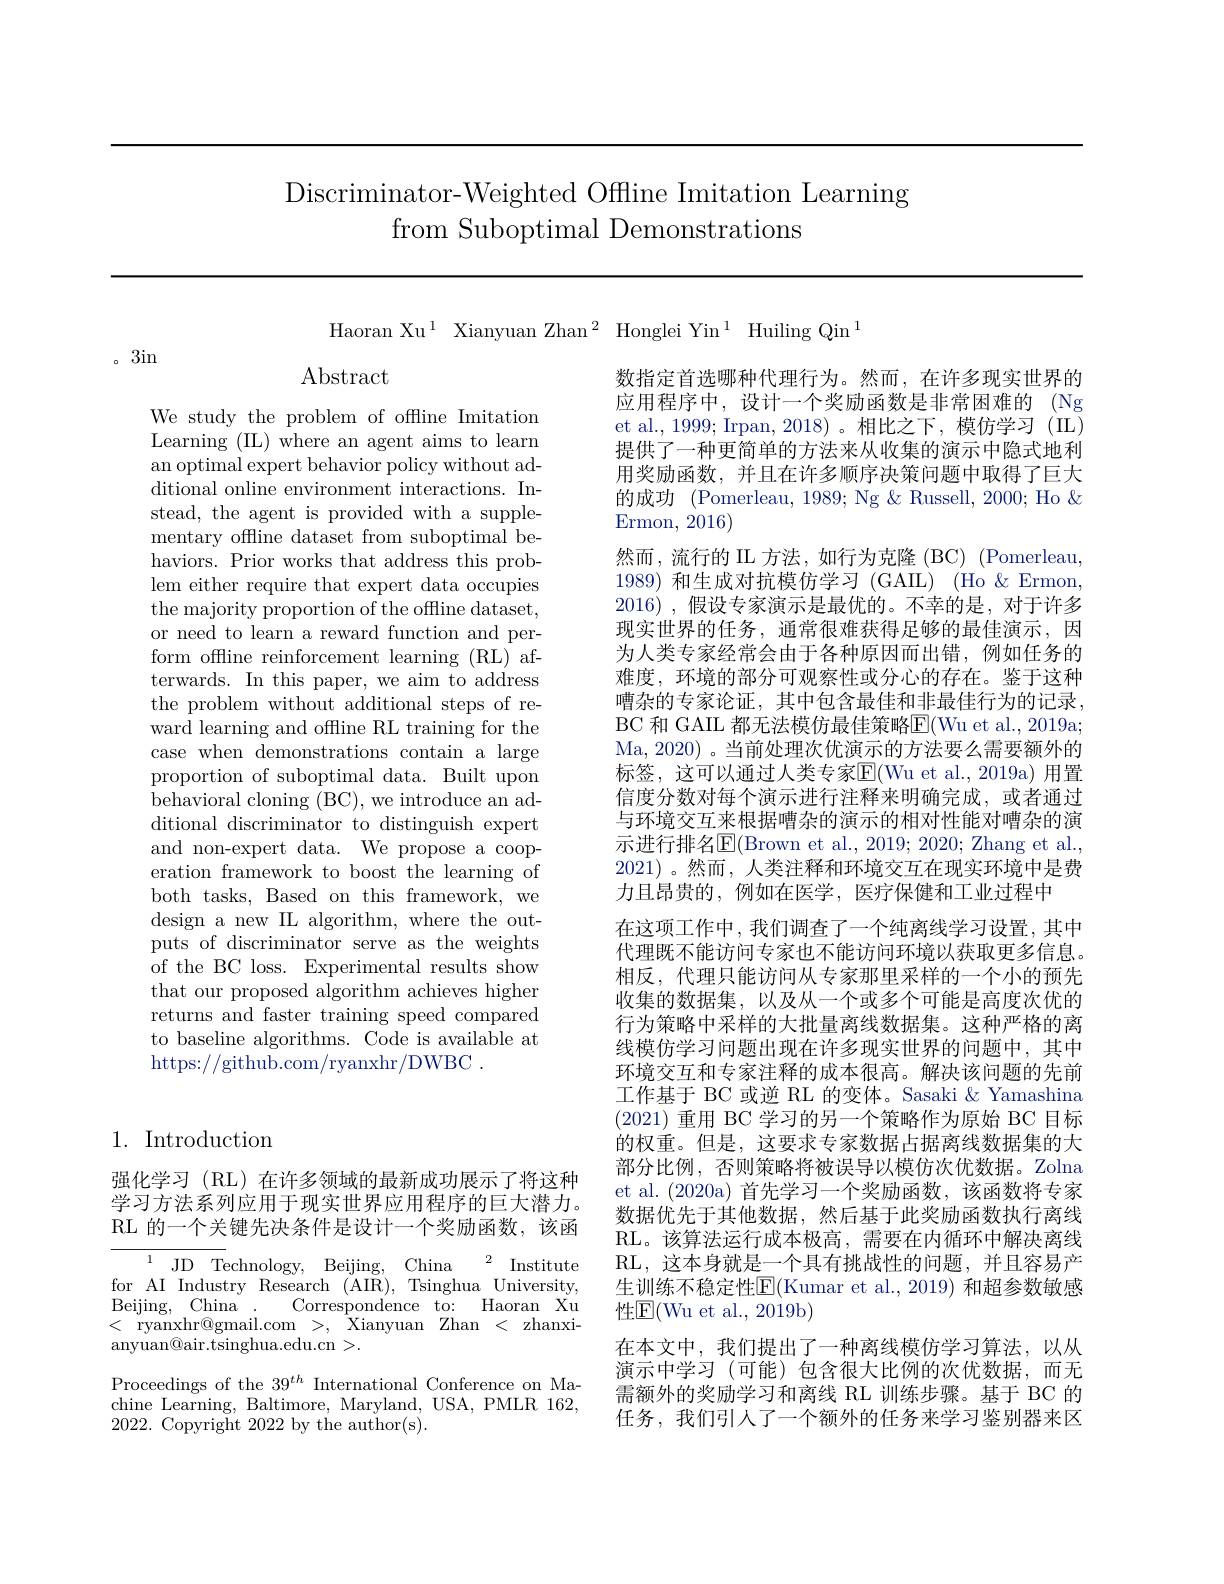
# Discriminator-Weighted Offline Imitation Learning from Suboptimal Demonstrations

Haoran Xu$^1$ Xianyuan Zhan$^2$ Honglei Yin$^1$ Huiling Qin$^1$

3in

Abstract

We study the problem of offline Imitation Learning (IL) where an agent aims to learn an optimal expert behavior policy without additional online environment interactions. Instead, the agent is provided with a supplementary offline dataset from suboptimal behaviors. Prior works that address this problem either require that expert data occupies the majority proportion of the offline dataset, or need to learn a reward function and perform offline reinforcement learning (RL) afterwards. In this paper, we aim to address the problem without additional steps of reward learning and offline RL training for the case when demonstrations contain a large proportion of suboptimal data. Built upon behavioral cloning (B$C) $, we introduce an additional discriminator to distinguish expert and non-expert data. We propose a cooperation framework to boost the learning of both tasks, Based on this framework, we design a new IL algorithm, where the outputs of discriminator serve as the weights of the BC loss. Experimental results show that our proposed algorithm achieves higher returns and faster training speed compared to baseline algorithms. Code is available at https://github.com/ryanxhr/DWBC~.

## 1. Introduction

强化学习 (RL) 在许多领域的最新成功展示了将这种学习方法系列应用于现实世界应用程序的巨大潜力。RL 的一个关键先决条件是设计一个奖励函数，该函

${{^{1}}}{{\mathrm{JD}}}{{\mathrm{Technology, }}}$ ${\mathrm{Beijing, }}$ ${\mathrm{China}}$ ${^{2}}$Institute for AI Industry Research (AIR), Tsinghua University, Beijing, China . Correspondence to: Haoran Xu <ryanxhr@gmail.com>,Xianyuan Zhan<zhanxi- $\operatorname{anyuan@air.tsinghua.edu.cn}>.$
Proceedings of the 39$^{th}$ International Conference on Machine Learning, Baltimore, Maryland, USA, PMLR 162, 2022. Copyright 2022 by the author(s).

数指定首选哪种代理行为。然而，在许多现实世界的应用程序中，设计一个奖励函数是非常困难的(Ng et al., 1999; Irpan, 2018)。相比之下，模仿学习(IL) 提供了一种更简单的方法来从收集的演示中隐式地利用奖励函数，并且在许多顺序决策问题中取得了巨大的成功 (Pomerleau, 1989; Ng & Russell, 2000; Ho & Ermon, 2016)
然而，流行的 IL 方法，如行为克隆 (BC) (Pomerleau, 1989)和生成对抗模仿学习 (GAIL) (Ho &Ermon, 2016) , 假设专家演示是最优的。不幸的是，对于许多现实世界的任务，通常很难获得足够的最佳演示，因为人类专家经常会由于各种原因而出错，例如任务的难度，环境的部分可观察性或分心的存在。鉴于这种嘈杂的专家论证，其中包含最佳和非最佳行为的记录， BC 和 GAIL 都无法模仿最佳策略$\overline{\mathrm{E}}($Wu et al., 2019a; Ma, 2020) 。当前处理次优演示的方法要么需要额外的标签，这可以通过人类专家$\overline{\mathrm{E}}($Wu et al.,2019a)用置信度分数对每个演示进行注释来明确完成，或者通过与环境交互来根据嘈杂的演示的相对性能对嘈杂的演示进行排名$\operatorname{E}($Brown et al., 2019; 2020; Zhang et al., 2021)。然而，人类注释和环境交互在现实环境中是费力且昂贵的，例如在医学，医疗保健和工业过程中
在这项工作中，我们调查了一个纯离线学习设置，其中代理既不能访问专家也不能访问环境以获取更多信息。相反，代理只能访问从专家那里采样的一个小的预先收集的数据集，以及从一个或多个可能是高度次优的行为策略中采样的大批量离线数据集。这种严格的离线模仿学习问题出现在许多现实世界的问题中，其中环境交互和专家注释的成本很高。解决该问题的先前工作基于 BC 或逆 RL 的变体。Sasaki &Yamashina (2021) 重用 BC 学习的另一个策略作为原始 BC 目标的权重。但是，这要求专家数据占据离线数据集的大部分比例，否则策略将被误导以模仿次优数据。Zolna et al.(2020a)首先学习一个奖励函数，该函数将专家数据优先于其他数据，然后基于此奖励函数执行离线RL。该算法运行成本极高，需要在内循环中解决离线RL,这本身就是一个具有挑战性的问题，并且容易产生训练不稳定性$\overline{\mathrm{E}}($Kumar et al.,2019) 和超参数敏感性$\mathbb{E}($Wu et al., 2019b)
在本文中，我们提出了一种离线模仿学习算法，以从演示中学习 (可能)包含很大比例的次优数据，而无需额外的奖励学习和离线 RL 训练步骤。基于 BC 的任务，我们引人了一个额外的任务来学习鉴别器来区